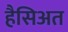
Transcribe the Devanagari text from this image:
हैसिअत